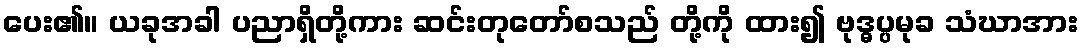
ပေး၏။ ယခုအခါ ပညာရှိတို့ကား ဆင်းတုတော်စသည် တို့ကို ထား၍ ဗုဒ္ဓပ္ပမုခ သံဃာအား